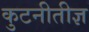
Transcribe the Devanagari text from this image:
कुटनीतीज्ञ